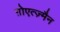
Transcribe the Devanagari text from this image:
ग़ोएत्ज़्मैन